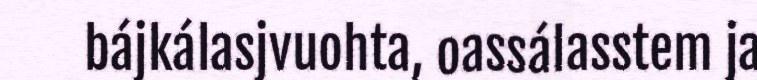
bájkálasjvuohta, oassálasstem ja